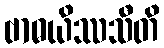
ဗာဓယိဿသီတိ